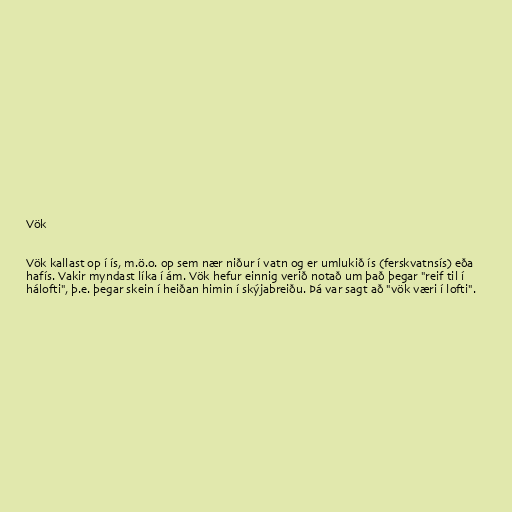
Vök

Vök kallast op í ís, m.ö.o. op sem nær niður í vatn og er umlukið ís (ferskvatnsís) eða
hafís. Vakir myndast líka í ám. Vök hefur einnig verið notað um það þegar "reif til í
hálofti", þ.e. þegar skein í heiðan himin í skýjabreiðu. Þá var sagt að "vök væri í lofti".